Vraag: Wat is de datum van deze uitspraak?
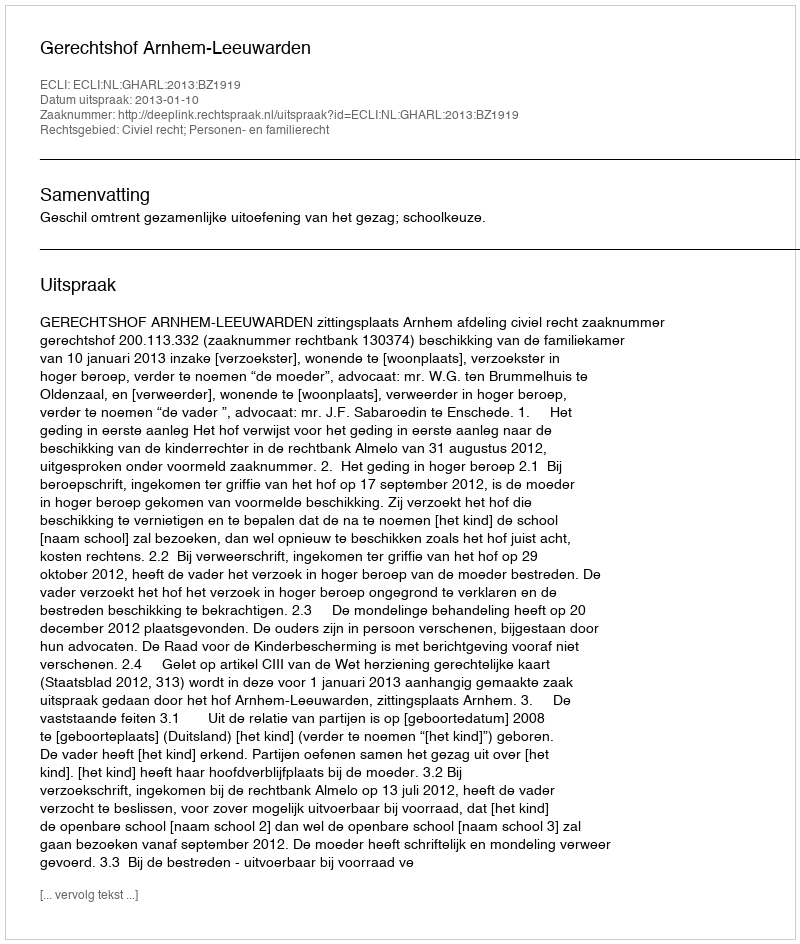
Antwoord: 2013-01-10